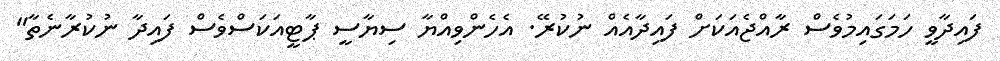
ފައިދާވީ ހަމަގައިމުވެސް ރާއްޖެއަކަށް ފައިދާއެއް ނުކުރޭ. އެހެންވިއްޔާ ސިޔާސީ ޕާޓީއަކަސްވެސް ފައިދާ ނުކުރާނެތާ"